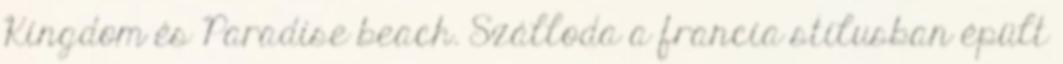
Kingdom és Paradise beach. Szálloda a francia stílusban épült